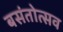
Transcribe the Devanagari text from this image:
बसंतोत्सव